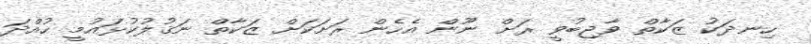
ހިނދަކު ޒަކާތް ވާޖިބުވީ ރަށް ނޫން އެހެން ރަށަކަށް ޒަކާތް ނަޤުލުކުޅައުމީ ހުއްދަ